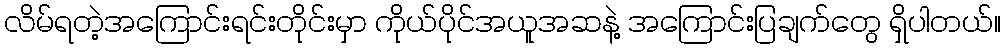
လိမ်ရတဲ့အကြောင်းရင်းတိုင်းမှာ ကိုယ်ပိုင်အယူအဆနဲ့ အကြောင်းပြချက်တွေ ရှိပါတယ်။